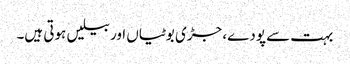
بہت سے پودے، جڑی بوٹیاں اور بیلیں ہوتی ہیں۔